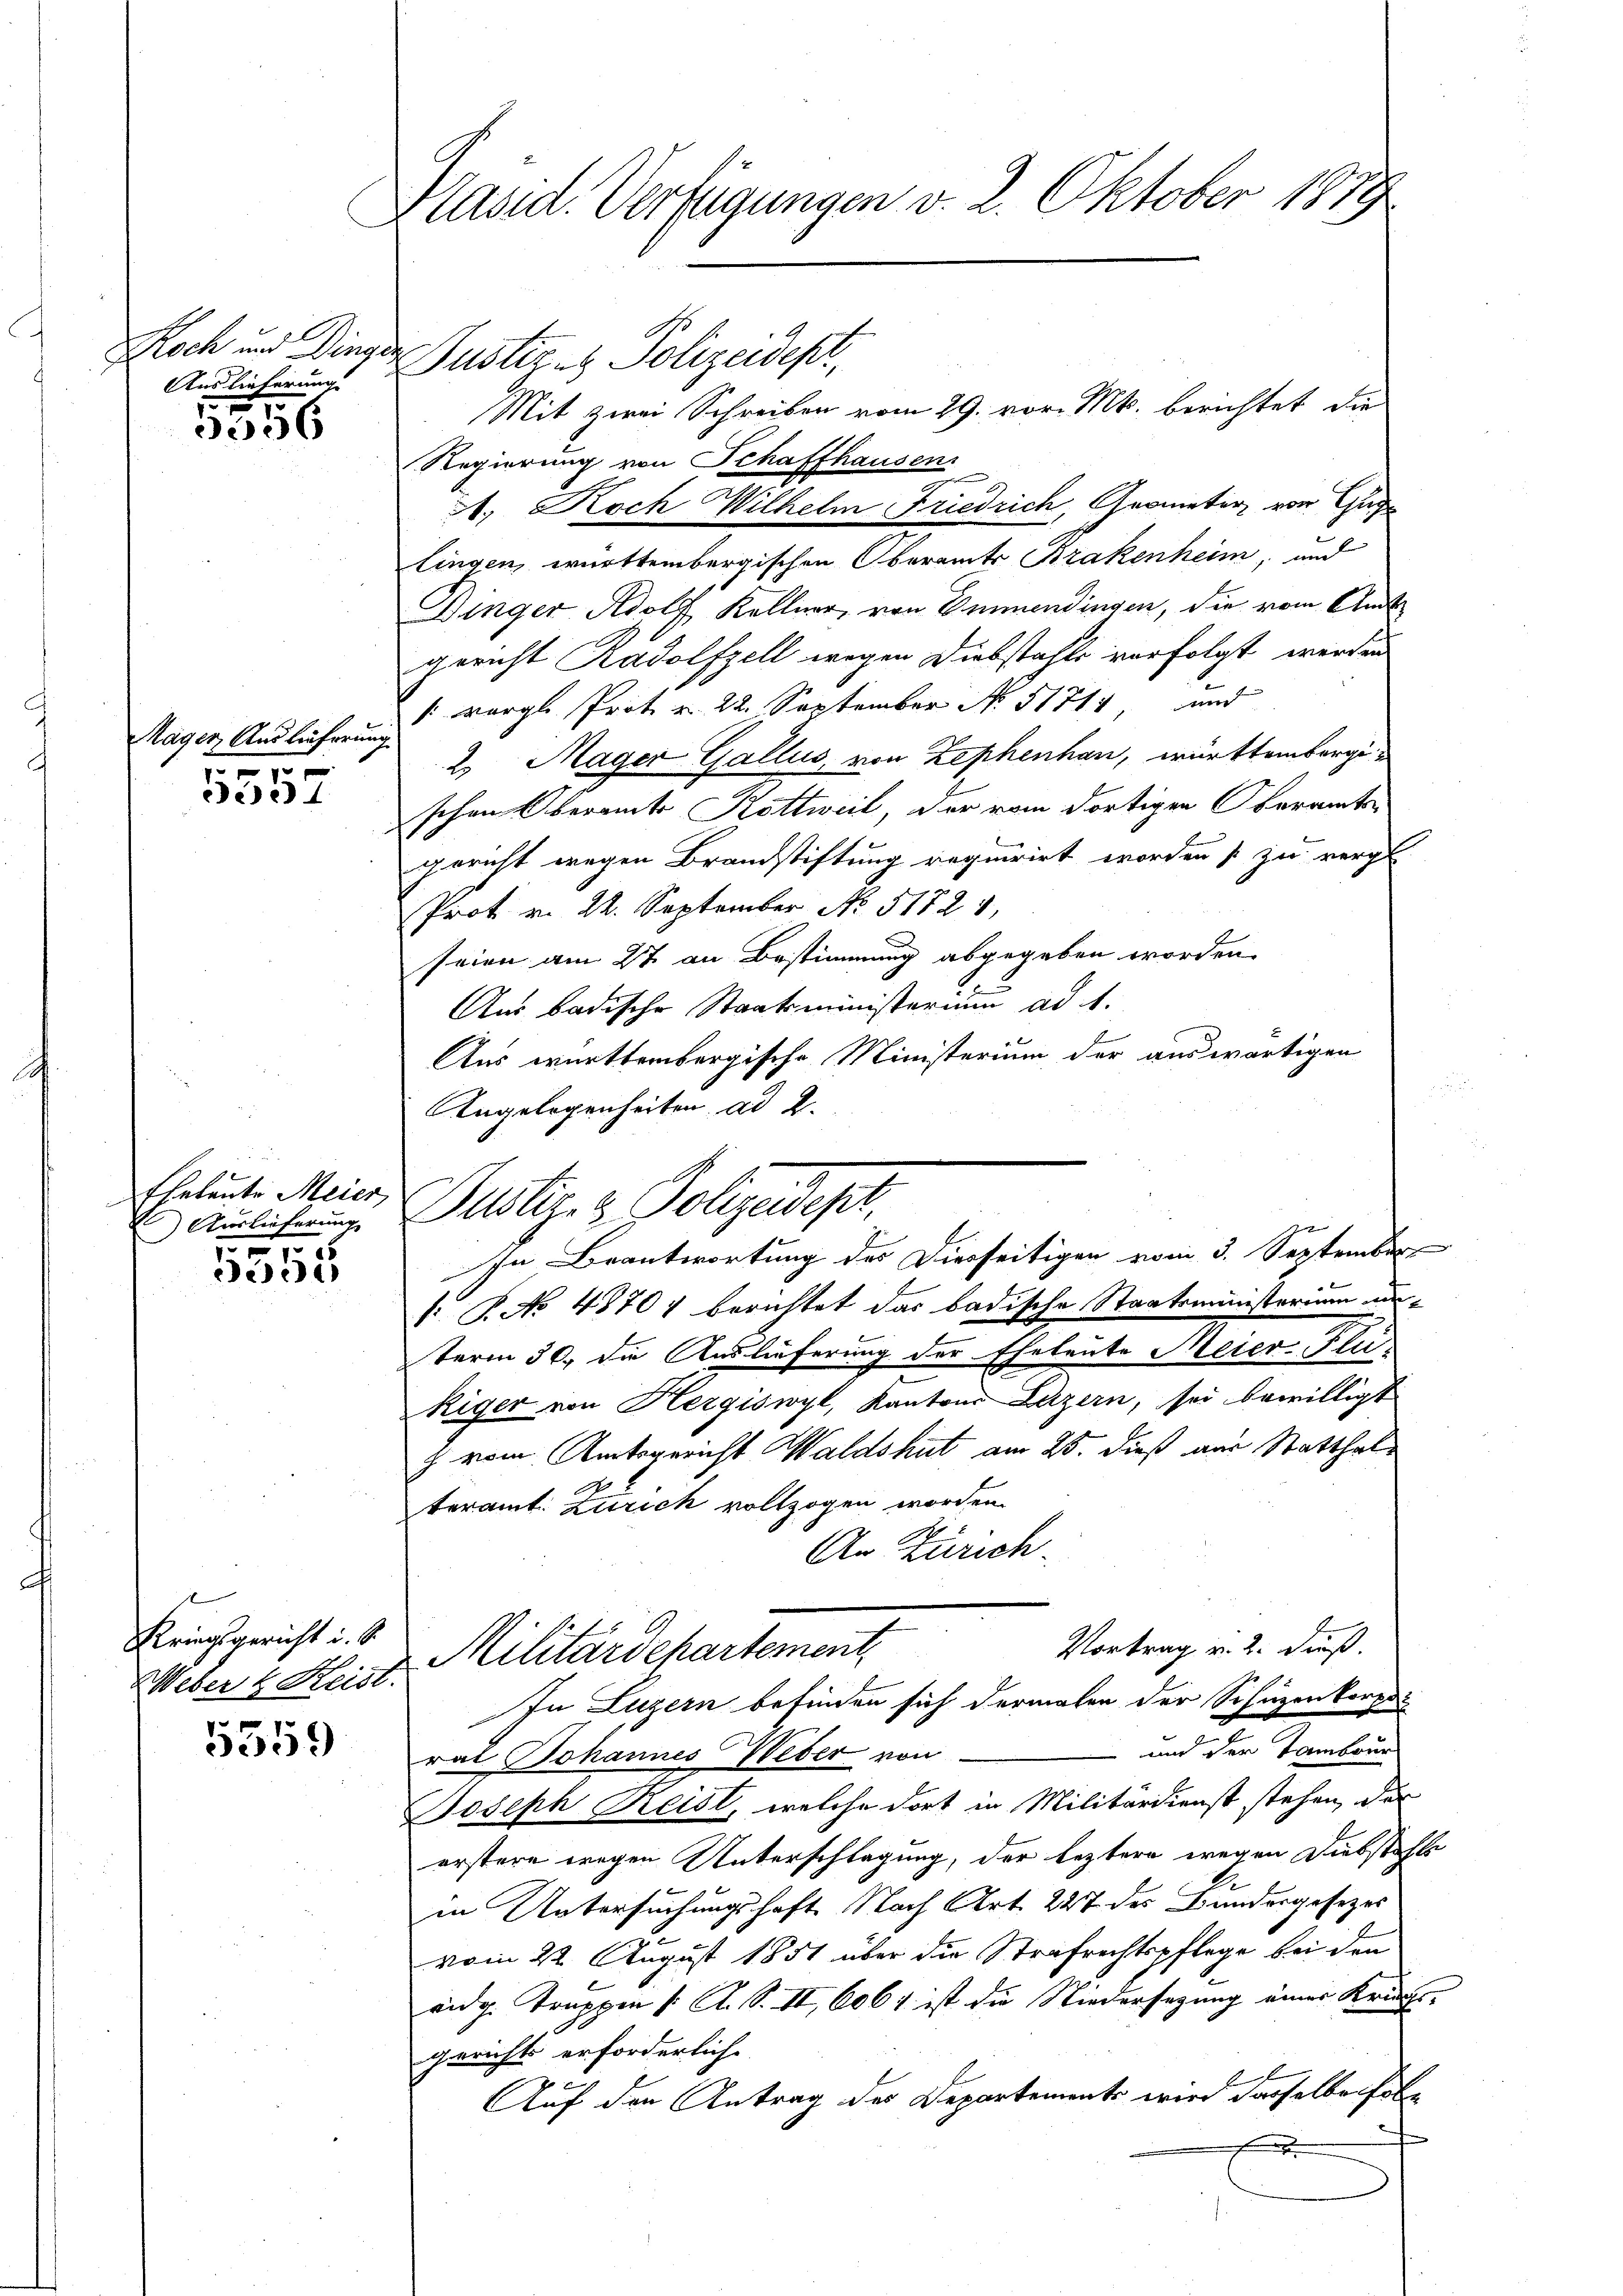
Auslieferung

556

Mager Auslieferung
e

5537

Eheleute Meier,
1) Auslieferung
5

e

Kriegsgericht i. S.
Weber k. Reist.

5359

Hasel. Verfügungen v. 2. Oktober 1879

Noch und Dinger Justiz- & Polizeidept,

Mit zwei Schreiben vom 29. vor. Mts. berichtet die
Regierung von Schaffhausen
A., Koch Wilhelm Friedrich, Geometer vor Gug
lingen, württembergischen Oberamts Brakenheim, und
Dinger Adolf Kellner, von Emmendingen, die vom Amt
gericht Rudolfzell wegen Diebstahls verfolgt werden
: vergl. Prot. v. 22. September No. 51715, und
2. Mager Gallis, von Zephenhan, württembergischen Oberamts Kottweil, der vom dortigen Oberamten
gericht wegen Brandstiftung requirirt worden s zu vergl.
Prot v. 22. September No. 51728,
seien am 27. an Bestimmung abgegeben worden.
Aus badische Staatsministerium ad 1.
Aus württembergische Ministerium der auswärtigen
Angelegenheiten ad 2.
In Beantwortung des Dierseitigen vom 3. September
 P. No 48704 berichtet das badische Staatsministerium un-
term 30. Die Auslieferung der Eheleute Meier-Flu
Riger von Hergiswyl, Kantons Luzern, sei bewilligt
z vom Amtsgericht Waldshut am 25. dieß aus Statthalteramt. Zürich vollzogen worden.
An Zürich
Vortrag v. 2. dieß.
Militärdepartement
In Luzern befinden sich dermalen der Schüzenkorps
und der Tambour
rat Johannes Weber von
Joseph Reist, welche dort in Militärdienst stehen, der
erstere wegen Unterschlagung, der leztere wegen Diebstahls
in Untersuchungshaft. Nach Art. 247 des Bundesgesezes
vom 22. August 1851 über die Strafrechtspflege bei den
vidg. Truppen /: A. S. II, 6061 ist die Niedersezung eines Kriegs-
gerichts erforderlich.
Auf den Antrag des Departements wird dasselben fol¬

Dustiz- & Polizeidest,
er